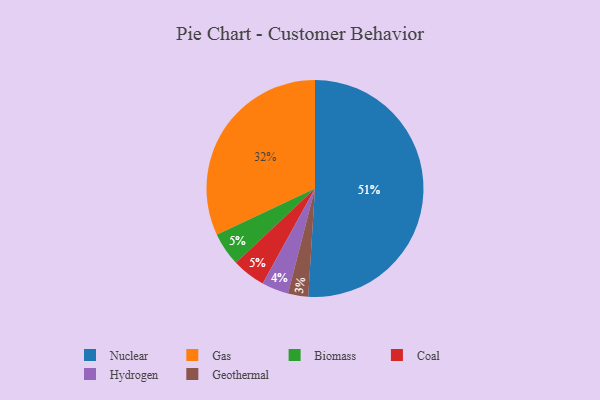
{"axis": {"x": "Category", "y": "Percentage"}, "legend": ["Biomass", "Coal", "Gas", "Geothermal", "Hydrogen", "Nuclear"], "data": [{"x": "Hydrogen", "y": 4, "type": "Hydrogen"}, {"x": "Biomass", "y": 5, "type": "Biomass"}, {"x": "Geothermal", "y": 3, "type": "Geothermal"}, {"x": "Coal", "y": 5, "type": "Coal"}, {"x": "Gas", "y": 32, "type": "Gas"}, {"x": "Nuclear", "y": 51, "type": "Nuclear"}]}